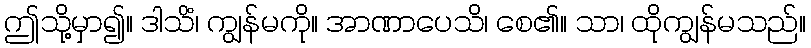
ဤသို့မှာ၍။ ဒါသိံ၊ ကျွန်မကို။ အာဏာပေသိ၊ စေ၏။ သာ၊ ထိုကျွန်မသည်။